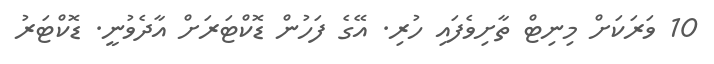
10 ވަރަކަށް މިނިޓް ތާށިވެފައި ހުރި. އޭގެ ފަހުން ޑޮކްޓަރަށް އާދެވުނީ. ޑޮކްޓަރު